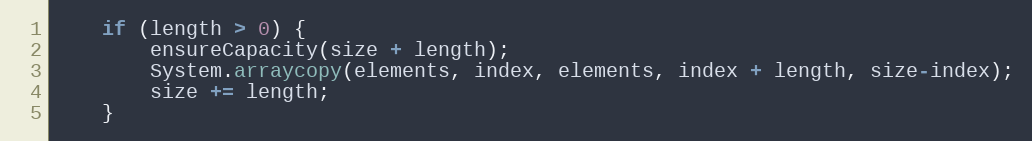
Language: Java
	if (length > 0) {
		ensureCapacity(size + length);
	    System.arraycopy(elements, index, elements, index + length, size-index);
		size += length;
	}